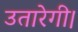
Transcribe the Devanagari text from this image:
उतारेगी।